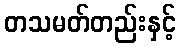
တသမတ်တည်းနှင့်